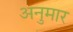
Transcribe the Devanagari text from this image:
अनुमार